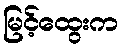
မြင့်ထွေးက